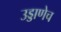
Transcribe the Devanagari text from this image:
उड्डाणेच